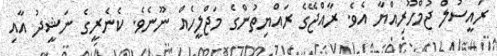
ރައީސުލް ޖުމްހޫރިއްޔާ އެވެ. ރާއްޖޭގެ ރައްޔިތުންގެ މަޖްލީހެއް ނޫނެވެ. ކެނެރީގެ ނަޝީދު އާއި